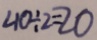
4 0 \div 2 = 2 0